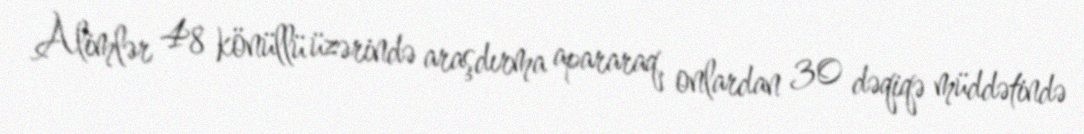
Alimlər 48 könüllü üzərində araşdırma apararaq, onlardan 30 dəqiqə müddətində